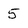
Character: 5